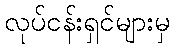
လုပ်ငန်းရှင်များမှ